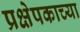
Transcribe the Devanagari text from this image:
प्रक्षेपकाच्या